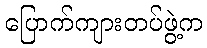
ပြောက်ကျားတပ်ဖွဲ့က